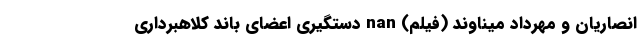
انصاریان و مهرداد میناوند (فیلم) nan دستگیری اعضای باند کلاهبرداری